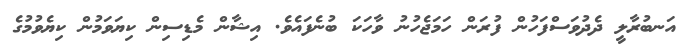
އަނބުރާލީ ދެދުވަސްފަހުން ފުރަން ހަމަޖެހުނު ވާހަކަ ބުނެފައެވެ. އިޝާން މެޑިސިން ކިޔަވަމުން ކިޔެވުމުގެ